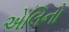
એલિનો